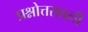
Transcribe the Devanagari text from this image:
प्रश्नोत्तरावली